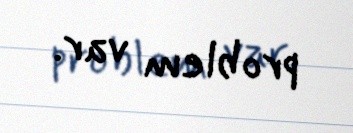
problem var.